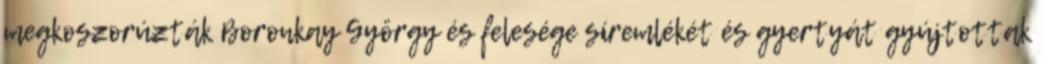
megkoszorúzták Boronkay György és felesége síremlékét és gyertyát gyújtottak